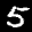
Label: 5